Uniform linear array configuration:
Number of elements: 48
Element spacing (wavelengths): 0.25
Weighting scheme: kaiser
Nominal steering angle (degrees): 15
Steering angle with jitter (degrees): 14.265
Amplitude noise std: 0.05
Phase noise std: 0.05

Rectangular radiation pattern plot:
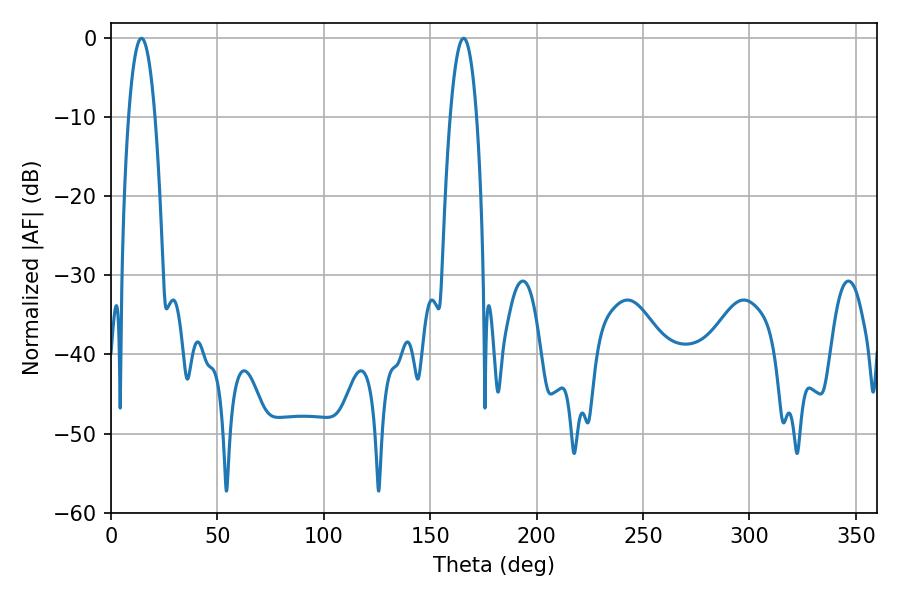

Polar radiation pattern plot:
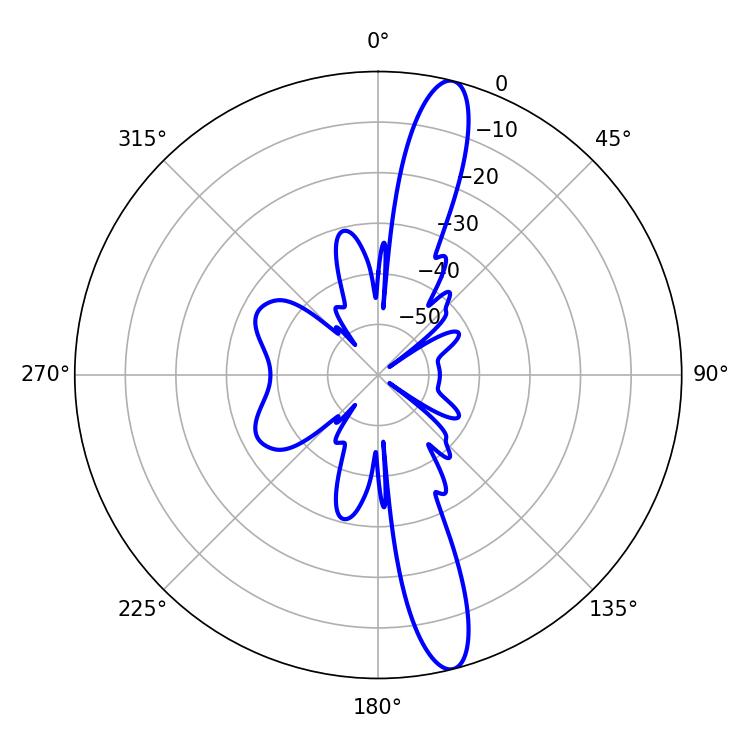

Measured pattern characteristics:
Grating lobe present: FALSE
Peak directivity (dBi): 14.968
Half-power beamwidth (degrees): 6.84
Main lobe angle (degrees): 14.4